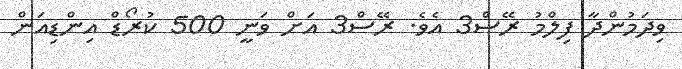
ވިދަމުންދާ ފިލްމު ރޭސް3 އެވެ. ރޭސް3 އަށް ވަނީ 500 ކުރޯޑް އިންޑިއަން